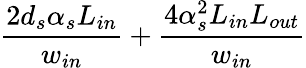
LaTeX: \frac{2d_{s}\alpha_{s}L_{in}}{w_{in}}+\frac{4\alpha_{s}^{2}L_{in}L_{out}}{w_{in}}